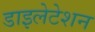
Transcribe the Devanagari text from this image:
डाइलेटेशन